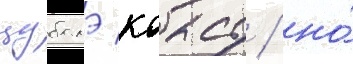
цубамэ коасу / но́